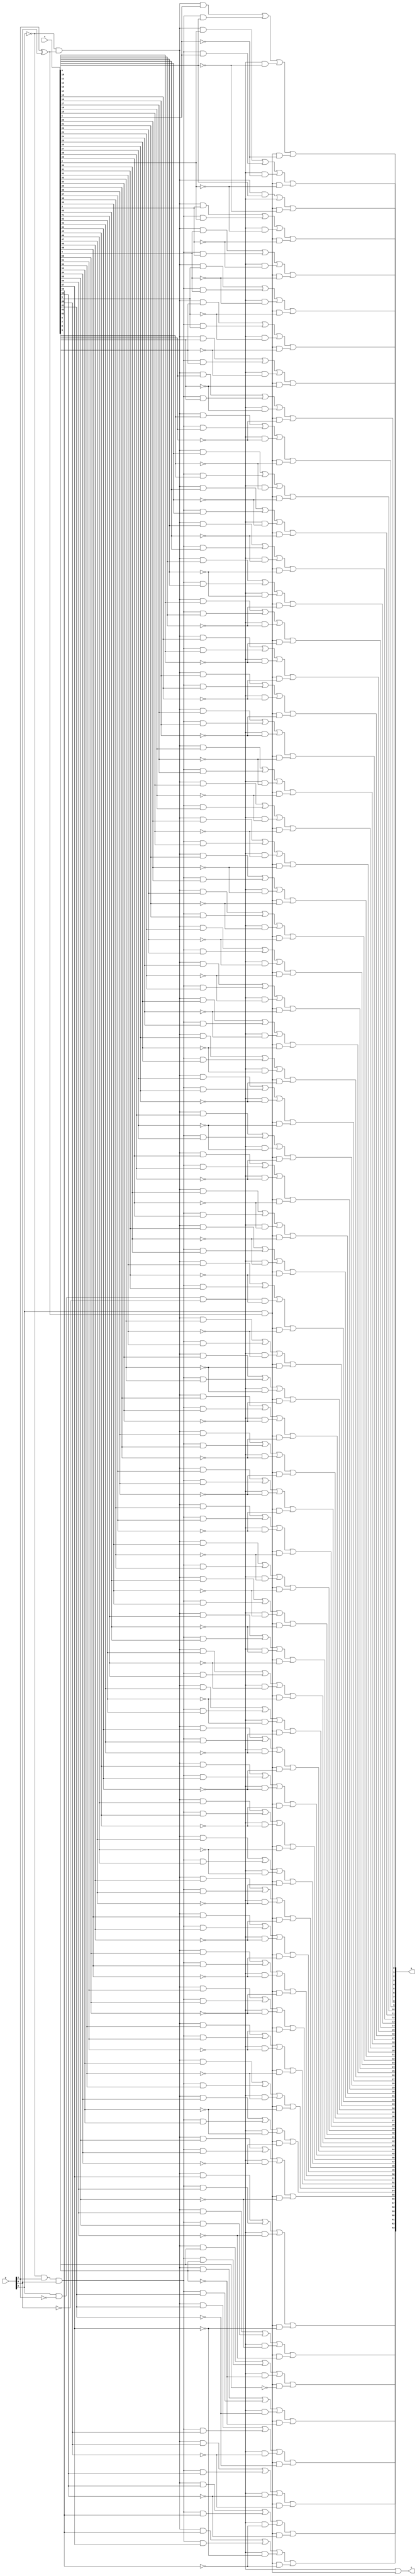
module boothgen(
        input [ 2:0] y,
        input [63:0] x,
        output       c,
        output[63:0] p
    );

    wire [3:0] sel; // 0 -> +X; 1 -> +2X; 2 -> -2X; 3 -> -X

    assign sel[0] = ~y[2] & (y[1] ^ y[0]);
    assign sel[1] = ~y[2] &  y[1] &  y[0];
    assign sel[2] =  y[2] & ~y[1] & ~y[0];
    assign sel[3] =  y[2] & (y[1] ^ y[0]);

    assign c = sel[2] | sel[3];

    assign p[0] = sel[0] & x[0] | sel[2] | sel[3] & ~x[0];

    genvar i;
    generate
        for (i = 1; i < 64; i = i + 1) begin
            assign p[i] = sel[0] &  x[i    ] |
                          sel[1] &  x[i - 1] |
                          sel[2] & ~x[i - 1] |
                          sel[3] & ~x[i    ];
        end
    endgenerate


endmodule